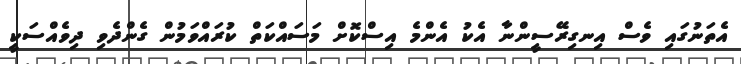
އެތަނުގައި ވެސް އިނގިރޭސީންނާ އެކު އެންމެ އިސްކޮށް މަސައްކަތް ކުރައްވަމުން ގެންދެވި ދިވެއްސަކީ